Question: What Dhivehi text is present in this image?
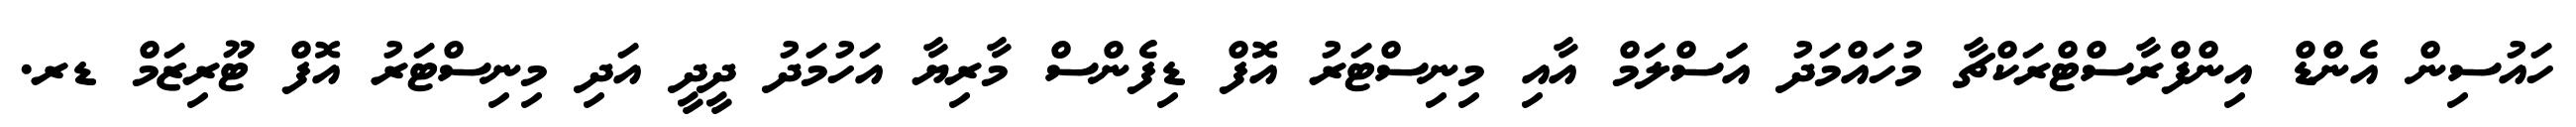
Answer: ހައުސިން އެންޑް އިންފްރާސްޓްރަކްޗާ މުހައްމަދު އަަސްލަމް އާއި މިނިސްޓަރު އޮފް ޑިފެންސް މާރިޔާ އަހުމަދު ދީދީ އަދި މިނިސްޓަރު އޮފް ޓޫރިޒަމް ޑރ.